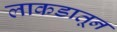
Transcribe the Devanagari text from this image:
लाकडातून